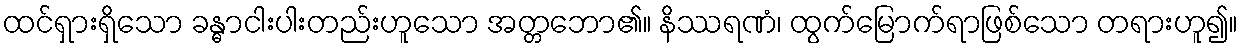
ထင်ရှားရှိသော ခန္ဓာငါးပါးတည်းဟူသော အတ္တဘော၏။ နိဿရဏံ၊ ထွက်မြောက်ရာဖြစ်သော တရားဟူ၍။